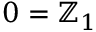
0 = \mathbb { Z } _ { 1 }